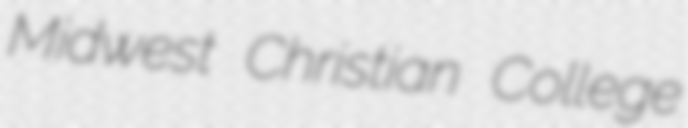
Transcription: Midwest Christian College